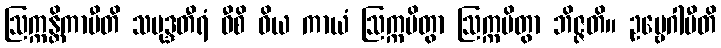
ဩက္ကန္တိကာပီတိ သမုဒ္ဒတီရံ ဝီစိ ဝိယ ကာယံ ဩက္ကမိတွာ ဩက္ကမိတွာ ဘိဇ္ဇတိ။ ဥဗ္ဗေဂါပီတိ